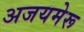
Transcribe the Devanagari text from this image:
अजयमेरू